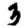
Digit: 3